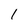
Character: I